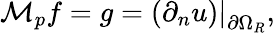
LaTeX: \mathcal{M}_{p}f=g=\left.(\partial_{n}u)\right|_{\partial\Omega_{R}},